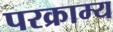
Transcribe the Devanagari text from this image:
परक्राम्‍य